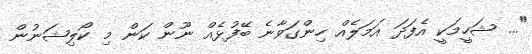
"... ޝަހީމަކީ އެފަދަ އަމަލެއް ހިންގަވާނެ ބޭފުޅެއް ނޫން ކަން މި ކޯލިޝަނުން